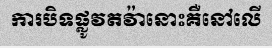
ការបិទផ្លូវតវ៉ានោះគឺនៅលើ